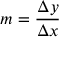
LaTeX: m = { \frac { \Delta y } { \Delta x } }